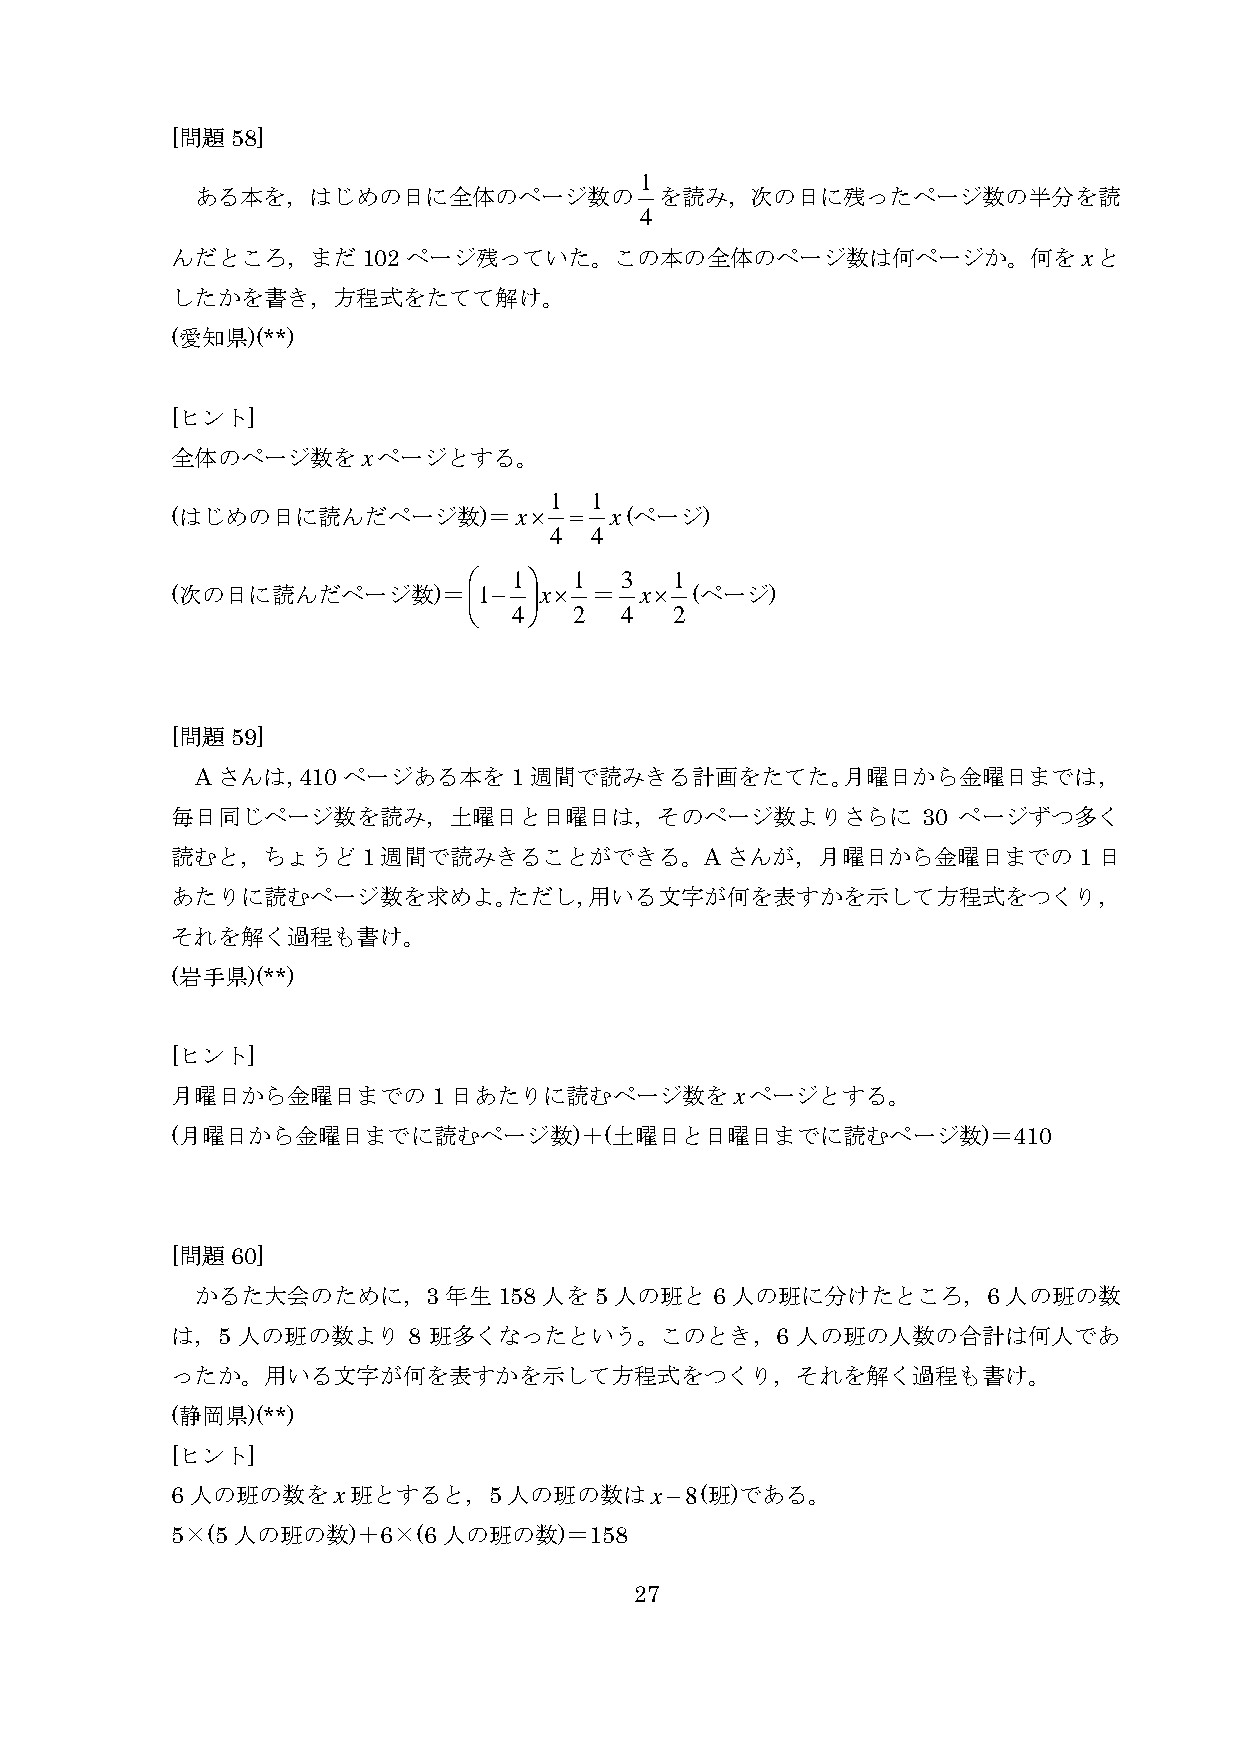
[問題58]
 1
 ある本を，はじめの日に全体のページ数の            を読み，次の日に残ったページ数の半分を読
 4
 んだところ，まだ102ページ残っていた。この本の全体のページ数は何ページか。何をxと
 したかを書き，方程式をたてて解け。
 (愛知県)(**)
 [ヒント]
 全体のページ数をxページとする。
 1  1
 (はじめの日に読んだページ数)＝x×         = x(ページ)
 4  4
   1  1  3   1
 (次の日に読んだページ数)＝1−       x× ＝  x×  (ページ)
   4  2  4   2
 [問題59]
 Aさんは，410ページある本を1週間で読みきる計画をたてた。月曜日から金曜日までは，
 毎日同じページ数を読み，土曜日と日曜日は，そのページ数よりさらに                  30 ページずつ多く
 読むと，ちょうど1週間で読みきることができる。Aさんが，月曜日から金曜日までの1日
 あたりに読むページ数を求めよ。ただし，用いる文字が何を表すかを示して方程式をつくり，
 それを解く過程も書け。
 (岩手県)(**)
 [ヒント]
 月曜日から金曜日までの1日あたりに読むページ数をxページとする。
 (月曜日から金曜日までに読むページ数)＋(土曜日と日曜日までに読むページ数)＝410
 [問題60]
 かるた大会のために，3     年生158人を   5人の班と6人の班に分けたところ，6人の班の数
 は，5  人の班の数より    8 班多くなったという。このとき，6        人の班の人数の合計は何人であ
 ったか。用いる文字が何を表すかを示して方程式をつくり，それを解く過程も書け。
 (静岡県)(**)
 [ヒント]
 6人の班の数をx班とすると，5人の班の数はx−8(班)である。
 5×(5人の班の数)＋6×(6人の班の数)＝158
 27